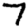
Digit: 7